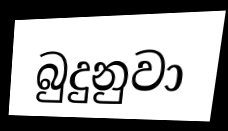
බුදුනුවා